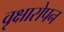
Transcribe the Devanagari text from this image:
वृक्षारोपन